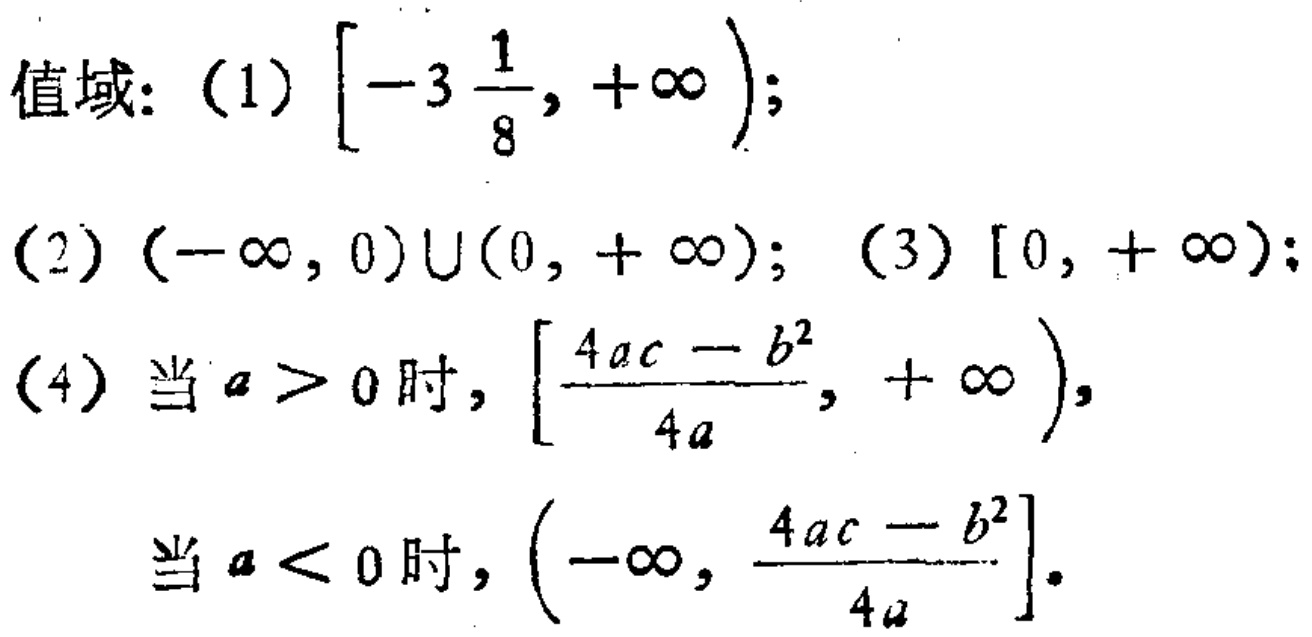
值域：(1) \(\left[-3\frac{1}{8},+\infty\right)\);

(2) \((-\infty,0)\cup(0,+\infty)\); (3) \([0,+\infty)\);

(4) 当 \(a > 0\) 时, \(\left[\frac{4ac - b^{2}}{4a},+\infty\right)\),

当 \(a < 0\) 时, \(\left(-\infty,\frac{4ac - b^{2}}{4a}\right]\).